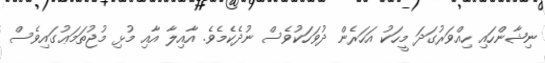
ނިޝާންހައި ހިއްވަރުގަދަ މީހަކު އަހަރެން ދުވަހަކުވެސް ނުދެކެމެވެ. އާއިލާ އާއި މުޅި މުޖުތަމަޢުގައިވެސް